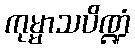
ကုမ္မာသပိဏ္ဍံ